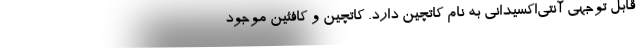
قابل توجهی آنتی‌اکسیدانی به نام کاتچین دارد. کاتچین و کافئین موجود